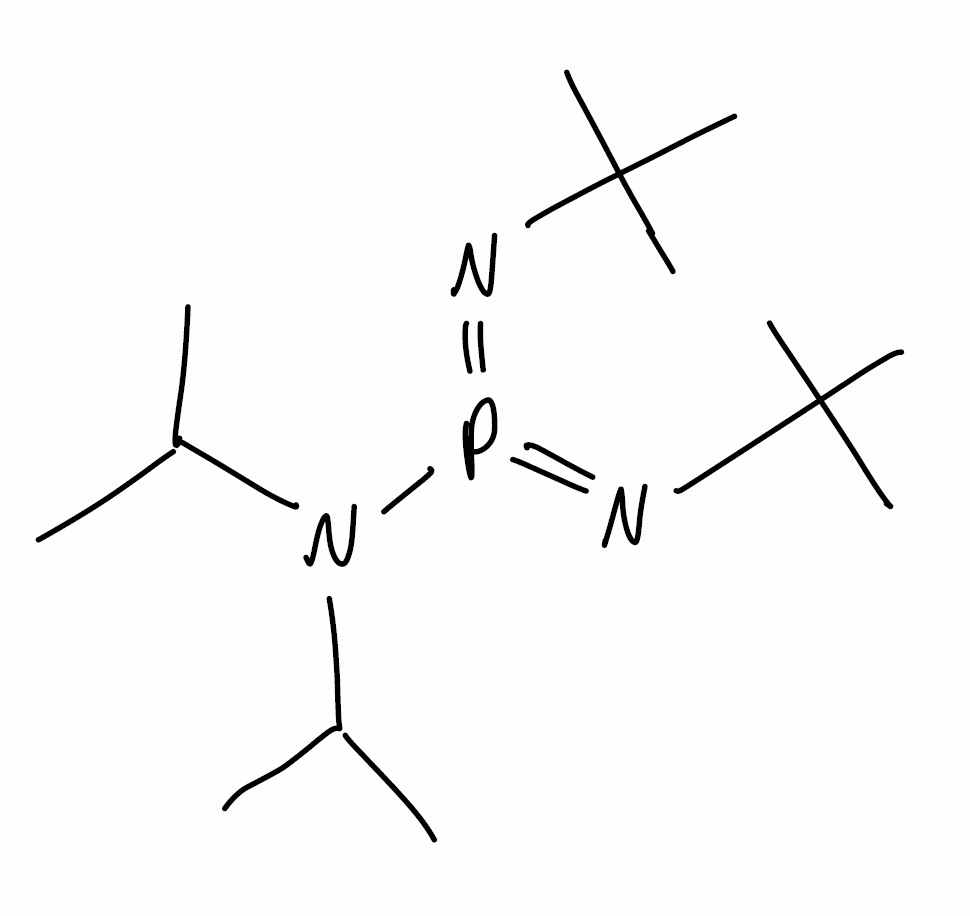
Simplified molecular-input line-entry system (SMILES) notation of the given molecule:
CC(C)N(C(C)C)P(=NC(C)(C)C)=NC(C)(C)C